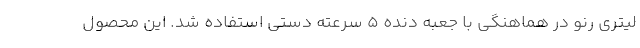
لیتری رنو در هماهنگی با جعبه دنده 5 سرعته دستی استفاده شد. این محصول